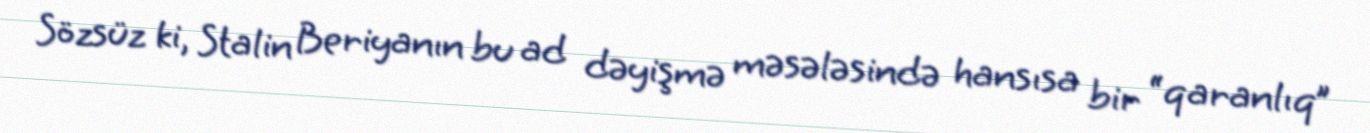
Sözsüz ki, Stalin Beriyanın bu ad dəyişmə məsələsində hansısa bir “qaranlıq”